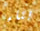
بناء